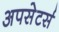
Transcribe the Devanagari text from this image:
अपसेटर्स